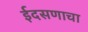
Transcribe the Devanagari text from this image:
ईदसणाचा